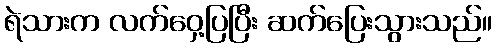
ရဲသားက လက်ဝှေ့ပြပြီး ဆက်ပြေးသွားသည်။